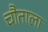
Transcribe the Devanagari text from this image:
चौताला